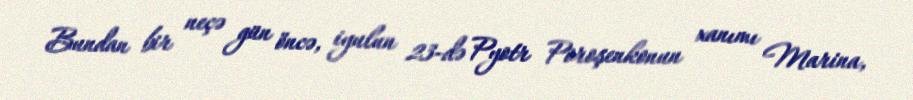
Bundan bir neçə gün öncə, iyulun 23-də Pyotr Poroşenkonun xanımı Marina,